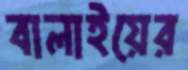
বালাইয়ের